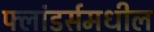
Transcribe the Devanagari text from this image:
फ्लांडर्समधील